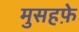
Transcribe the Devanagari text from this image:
मुसहफ़े